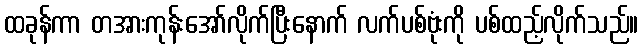
ထခုန်ကာ တအားကုန်းအော်လိုက်ပြီးနောက် လက်ပစ်ဗုံးကို ပစ်ထည့်လိုက်သည်။